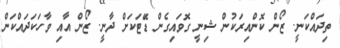
ތިދައްކަނީ. ޒޯން ކޮންއިރަކުން ޝިނީ ގޮވައިގެން ޑޭަޓަކަށް ދާނީ. ޒޯން އާއި ވާހަކަދައްކަން